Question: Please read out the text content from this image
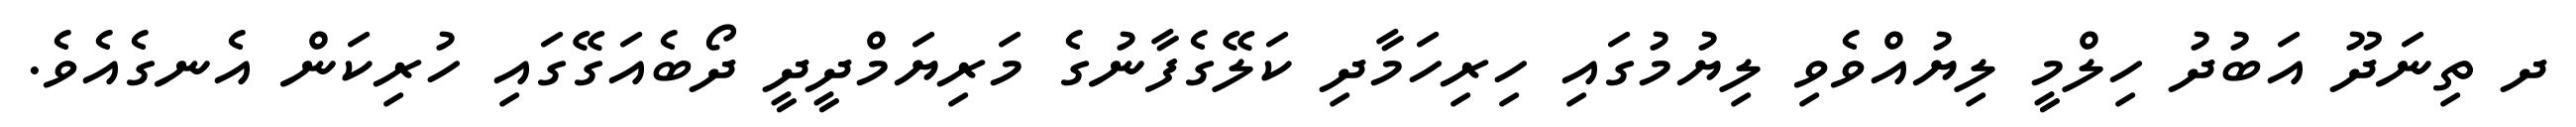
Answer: ދ ތިނަދޫ އަބުދު ހިލްމީ ލިޔުއްވެވި ލިޔުމުގައި ހިރިހަމާދި ކަލޭގެފާނުގެ މަރިޔަމްދީދީ ދޯބެއަގޭގައި ހުރިކަން އެނގެއެވެ.